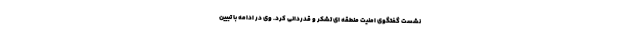
نشست گفتگوی امنیت منطقه ای تشکر و قدردانی کرد. وی در ادامه با تبیین